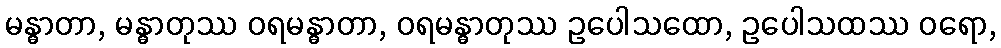
မန္ဓာတာ, မန္ဓာတုဿ ဝရမန္ဓာတာ, ဝရမန္ဓာတုဿ ဥပေါသထော, ဥပေါသထဿ ဝရော,